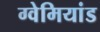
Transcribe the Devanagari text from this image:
ग्वेमियांड